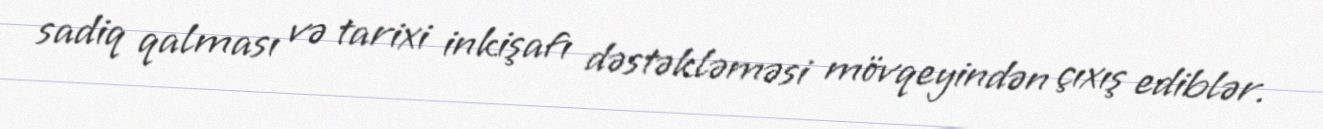
sadiq qalması və tarixi inkişafı dəstəkləməsi mövqeyindən çıxış ediblər.